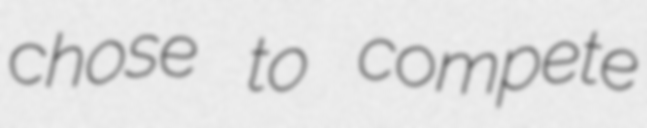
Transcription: chose to compete